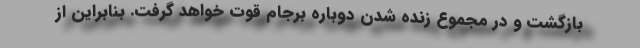
بازگشت و در مجموع زنده شدن دوباره برجام قوت خواهد گرفت. بنابراین از